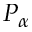
P _ { \alpha }